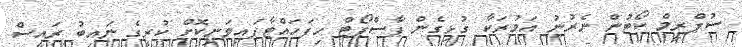
ސުޕްރީމް ކޯޓުން ނެރުނު އަމުރަކާ ގުޅިގެން ޕާސްޕޯޓް ހިފަހައްޓާފައިވަނިކޮށް ކުރީގެ ނައިބު ރައީސް